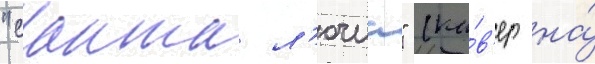
"санта л'ючиа" (ка́в'ер на́